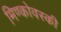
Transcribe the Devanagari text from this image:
मिण्कोवस्की